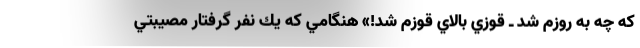
كه چه به روزم شد ـ قوزي بالاي قوزم شد!» هنگامي كه يك نفر گرفتار مصيبتي